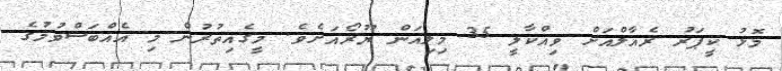
މޮޅު ކީޕަރު ރެއާލްއަށް ވިއްކާލީ 35 މިލިއަން ޔޫރޯއަށެވެ. މީގެއިތުރުން މި އެއްބަސްވުމުގެ